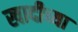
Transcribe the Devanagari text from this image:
खादीच्या